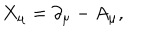
LaTeX: X _ { \mu } = \partial _ { \mu } - A _ { \mu } ,